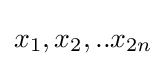
x_{1},x_{2},..x_{2n}